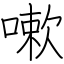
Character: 嗽